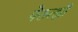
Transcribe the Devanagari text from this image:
पेरूत्झी